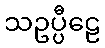
သဥပ္ပီဠေ